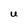
Character: U